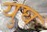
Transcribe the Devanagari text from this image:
युघ